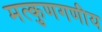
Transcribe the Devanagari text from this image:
मत्कुणगणीय